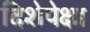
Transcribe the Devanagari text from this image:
दिशेपेक्षा